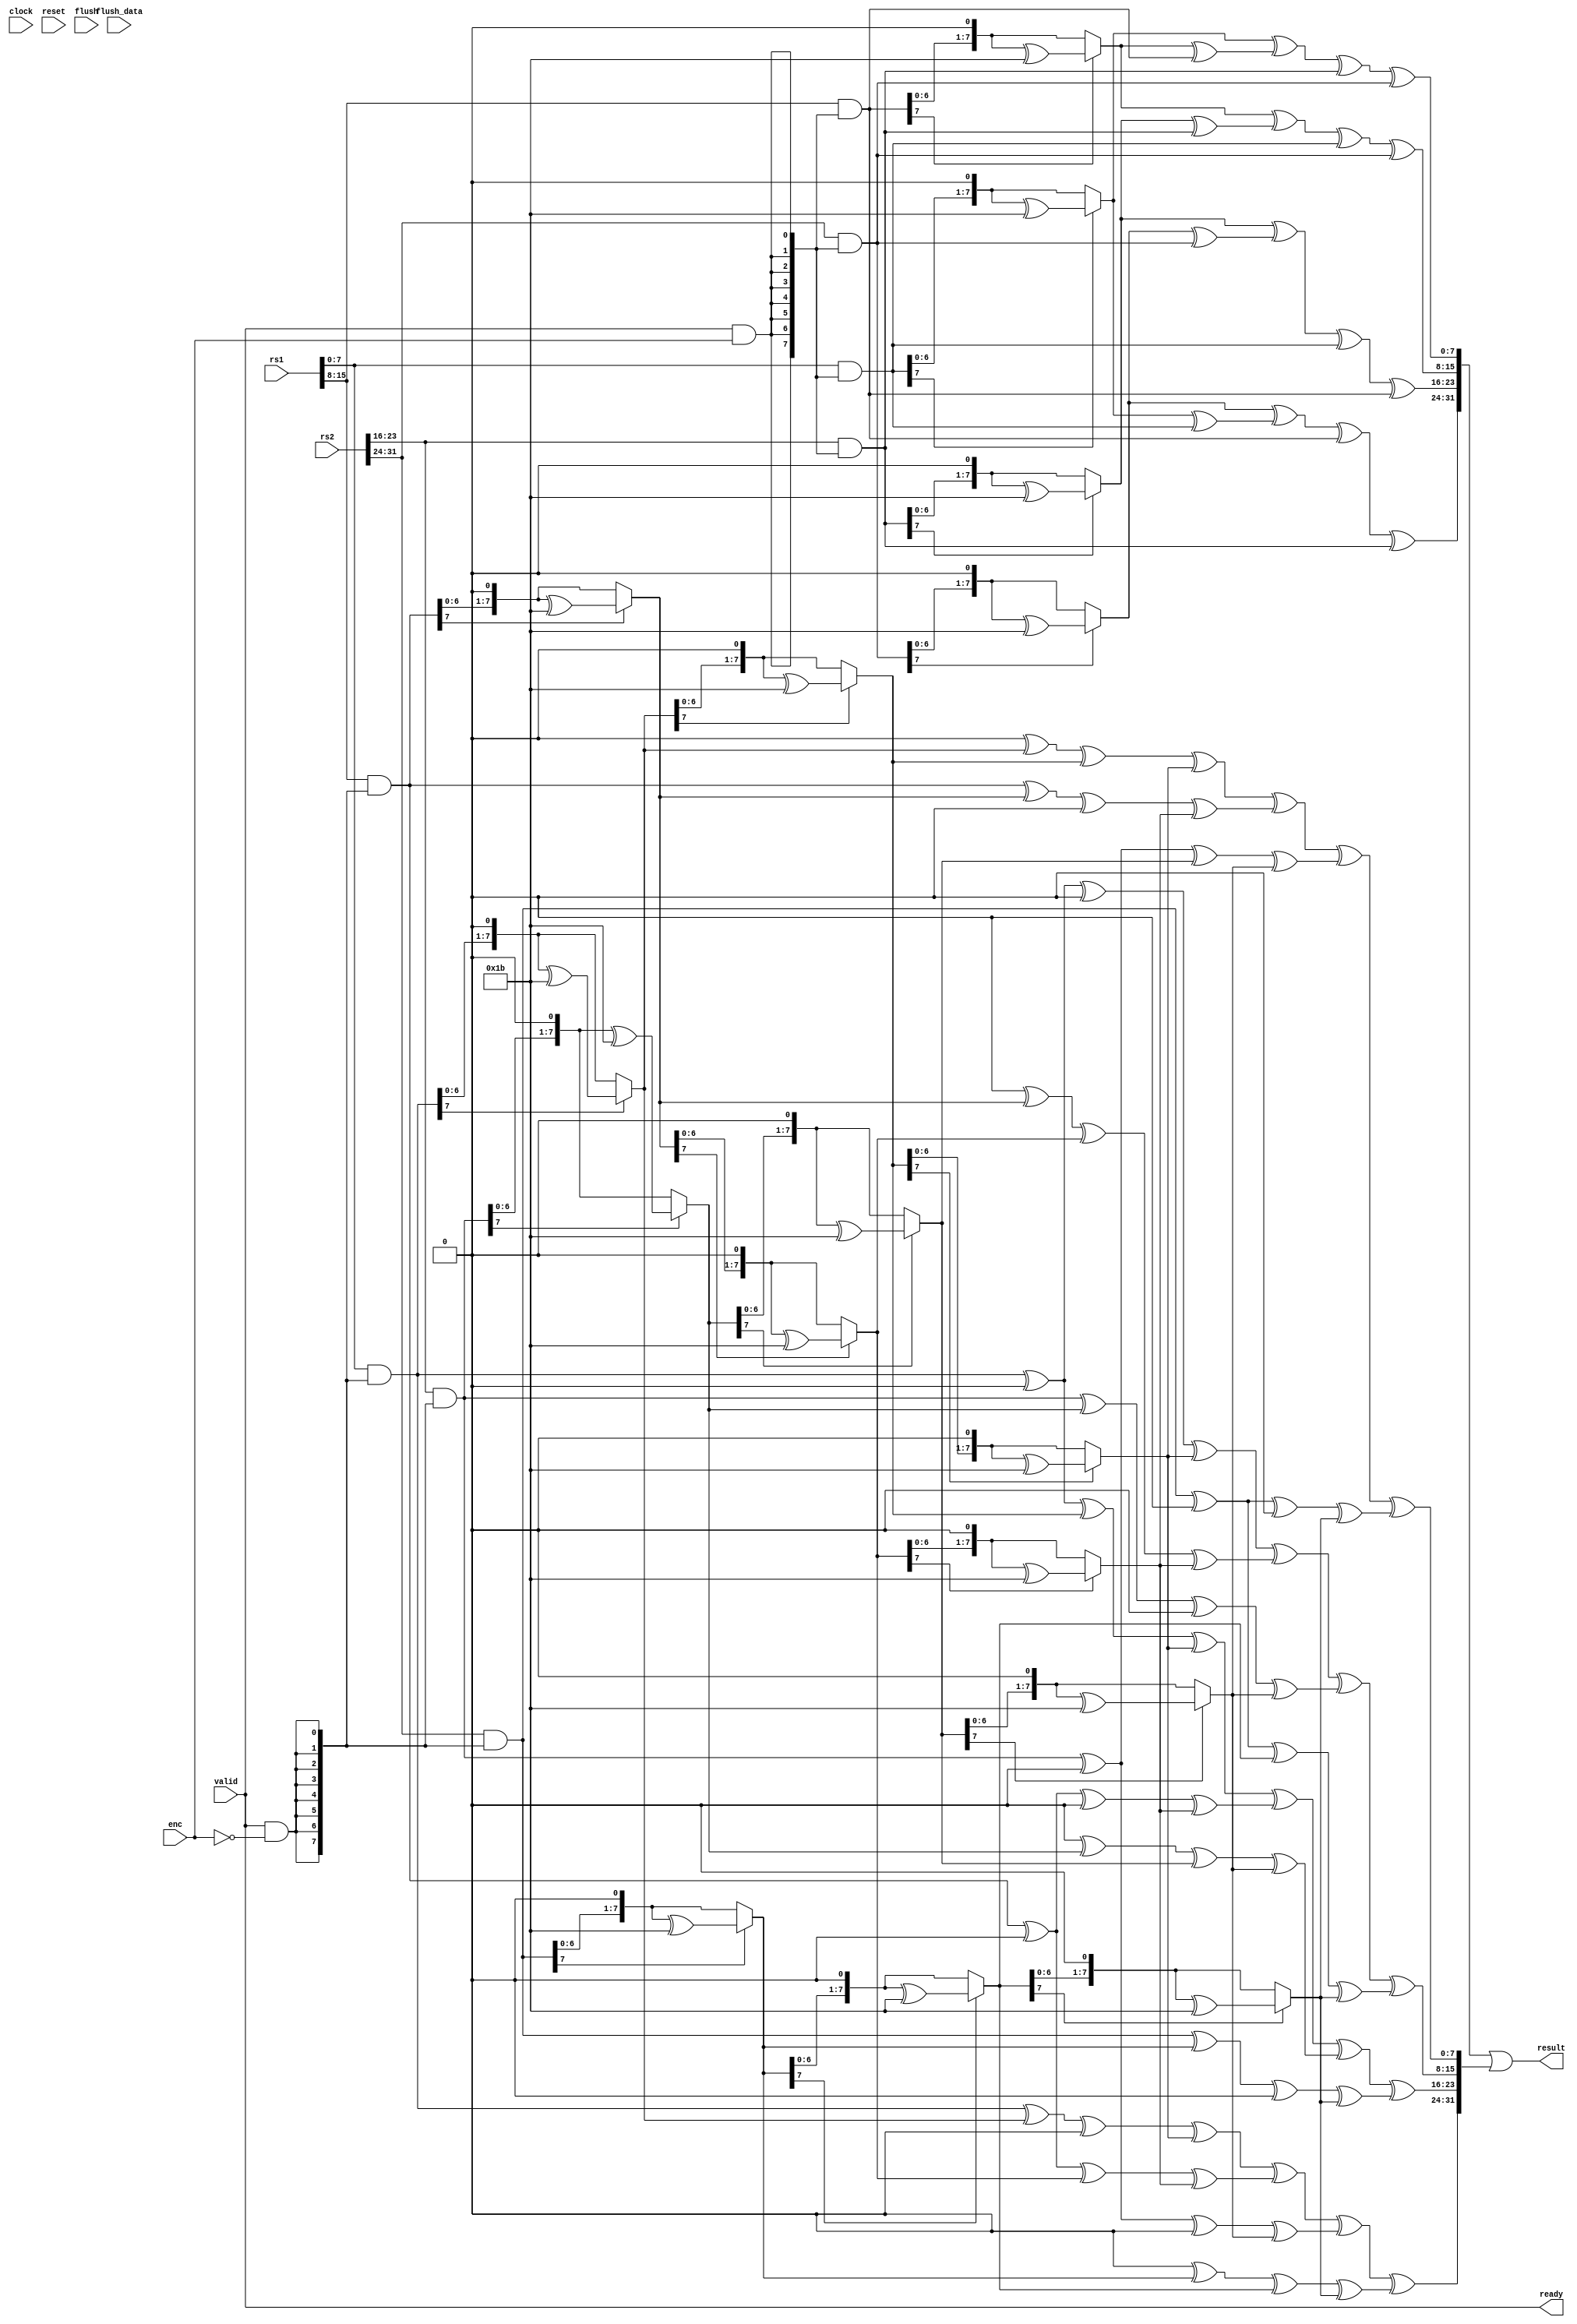

//
// module: xc_aesmix
//
//  Implements the lightweight AES MixColumns instructions.
//
module xc_aesmix(

input  wire        clock ,
input  wire        reset ,

input  wire        flush , // Flush state ready for next set of inputs.
input  wire [31:0] flush_data, // Data flushed into the design.

input  wire        valid , // Are the inputs valid?
input  wire [31:0] rs1   , // Input source register 1
input  wire [31:0] rs2   , // Input source register 2
input  wire        enc   , // Perform encrypt (set) or decrypt (clear).
output wire        ready , // Is the instruction complete?
output wire [31:0] result  // 

);

// Single cycle implementation (set) or 4-cycle implementation (clear).
parameter FAST = 1'b1;

wire [7:0] step_out;

//
// Multiply by 2 in GF(2^8) modulo 8'h1b
function [7:0] xtime2;
    input [7:0] a;

    xtime2  =|((a >> 7) & 8'b1) ? (a << 1) ^ 8'h1b :
                                 (a << 1)         ;
endfunction

//
// Multiply by 3 in GF(2^8)
function [7:0] xtime3;
    input [7:0] a;

    xtime3 = xtime2(a) ^ a;

endfunction

//
// Paired down multiply by X in GF(2^8)
function [7:0] xtimeN;
    input[7:0] a;
    input[3:0] b;

    xtimeN = 
        (b[0] ?                         a   : 0) ^
        (b[1] ? xtime2(                 a)  : 0) ^
        (b[2] ? xtime2(xtime2(          a)) : 0) ^
        (b[3] ? xtime2(xtime2(xtime2(   a))): 0) ;

endfunction

//
// Encrypt inputs
wire [7:0] e0 = rs1[ 7: 0] & {8{valid && enc}};
wire [7:0] e1 = rs1[15: 8] & {8{valid && enc}};
wire [7:0] e2 = rs2[23:16] & {8{valid && enc}};
wire [7:0] e3 = rs2[31:24] & {8{valid && enc}};

//
// Decrypt inputs
wire [7:0] d0 = rs1[ 7: 0] & {8{valid && !enc}};
wire [7:0] d1 = rs1[15: 8] & {8{valid && !enc}};
wire [7:0] d2 = rs2[23:16] & {8{valid && !enc}};
wire [7:0] d3 = rs2[31:24] & {8{valid && !enc}};

wire [31:0] result_enc;
wire [31:0] result_dec;

generate if(FAST == 1'b1) begin

//
// Single Cycle Implementation
// ------------------------------------------------------------

//
// Always complete in a single cycle.
assign ready = valid;

//
// Mix Encrypt instruction logic
wire [7:0] mix_enc_0 = xtime2(e0) ^ xtime3(e1) ^ e2 ^ e3;
wire [7:0] mix_enc_1 = xtime2(e1) ^ xtime3(e2) ^ e0 ^ e3;
wire [7:0] mix_enc_2 = xtime2(e2) ^ xtime3(e3) ^ e0 ^ e1;
wire [7:0] mix_enc_3 = xtime2(e3) ^ xtime3(e0) ^ e1 ^ e2;

assign result_enc = {mix_enc_3, mix_enc_2, mix_enc_1, mix_enc_0};

//
// Mix Decrypt instruction logic
wire [7:0] mix_dec_0 = xtimeN(d0,4'he)^xtimeN(d1,4'hb)^xtimeN(d2,4'hd)^xtimeN(d3,4'h9);
wire [7:0] mix_dec_1 = xtimeN(d0,4'h9)^xtimeN(d1,4'he)^xtimeN(d2,4'hb)^xtimeN(d3,4'hd);
wire [7:0] mix_dec_2 = xtimeN(d0,4'hd)^xtimeN(d1,4'h9)^xtimeN(d2,4'he)^xtimeN(d3,4'hb);
wire [7:0] mix_dec_3 = xtimeN(d0,4'hb)^xtimeN(d1,4'hd)^xtimeN(d2,4'h9)^xtimeN(d3,4'he);

assign result_dec = {mix_dec_3, mix_dec_2, mix_dec_1, mix_dec_0};

end else begin // (FAST == 0)

//
// Multi-Cycle Implementation
// ------------------------------------------------------------

reg  [1:0] fsm     ;
wire [1:0] n_fsm   = fsm + 1 ;

wire       fsm_0   = fsm == 0;
wire       fsm_1   = fsm == 1;
wire       fsm_2   = fsm == 2;
wire       fsm_3   = fsm == 3;

assign     ready   = fsm_3;

reg [7:0]  b_0; // Per-byte results
reg [7:0]  b_1; // 
reg [7:0]  b_2; // 
wire[7:0]  b_3 = step_out;

//
// Encryption

wire [7:0] enc_x0_in    = {8{fsm_0 || fsm_1}} & e3  |
                          {8{fsm_2         }} & e1  |
                          {8{fsm_3         }} & e2  ;

wire [7:0] enc_x1_in    = {8{fsm_0         }} & e2  |
                          {8{fsm_1 || fsm_2}} & e0  |
                          {8{fsm_3         }} & e1  ;

wire [7:0] enc_x2_in    = {8{fsm_0         }} & e0  |
                          {8{fsm_1         }} & e1  |
                          {8{fsm_2         }} & e2  |
                          {8{fsm_3         }} & e3  ;

wire [7:0] enc_x3_in    = {8{fsm_0         }} & e1  |
                          {8{fsm_1         }} & e2  |
                          {8{fsm_2         }} & e3  |
                          {8{fsm_3         }} & e0  ;

wire [7:0] enc_x2_out   = xtime2(enc_x2_in);
wire [7:0] enc_x3_out   = xtime3(enc_x3_in);

wire [7:0] enc_byte     = enc_x3_out ^ enc_x2_out ^ enc_x1_in ^ enc_x0_in;

//
// Decryption

wire [7:0] dec_0_lhs    = {8{fsm_0}} & d0 |
                          {8{fsm_1}} & d1 |
                          {8{fsm_2}} & d2 |
                          {8{fsm_3}} & d3 ;

wire [7:0] dec_1_lhs    = {8{fsm_0}} & d1 |
                          {8{fsm_1}} & d2 |
                          {8{fsm_2}} & d3 |
                          {8{fsm_3}} & d0 ;

wire [7:0] dec_2_lhs    = {8{fsm_0}} & d2 |
                          {8{fsm_1}} & d3 |
                          {8{fsm_2}} & d0 |
                          {8{fsm_3}} & d1 ;

wire [7:0] dec_3_lhs    = {8{fsm_0}} & d3 |
                          {8{fsm_1}} & d0 |
                          {8{fsm_2}} & d1 |
                          {8{fsm_3}} & d2 ;

wire [7:0] dec_0_out    = xtimeN(dec_0_lhs, 4'he);
wire [7:0] dec_1_out    = xtimeN(dec_1_lhs, 4'hb);
wire [7:0] dec_2_out    = xtimeN(dec_2_lhs, 4'hd);
wire [7:0] dec_3_out    = xtimeN(dec_3_lhs, 4'h9);

wire [7:0] dec_byte     = dec_0_out ^ dec_1_out ^ dec_2_out ^ dec_3_out;

//
// Result collection

assign step_out         = enc ? enc_byte : dec_byte;

assign     result_enc       = {b_3, b_2, b_1, b_0};
assign     result_dec       = {b_3, b_2, b_1, b_0};

always @(posedge clock) begin
    if(reset || flush) begin
        b_0 <= flush_data[7:0];
    end else if(fsm_0 && valid) begin
        b_0 <= step_out;
    end
end

always @(posedge clock) begin
    if(reset || flush) begin
        b_1 <= flush_data[15:8];
    end else if(fsm_1 && valid) begin
        b_1 <= step_out;
    end
end

always @(posedge clock) begin
    if(reset || flush) begin
        b_2 <= flush_data[23:16];
    end else if(fsm_2 && valid) begin
        b_2 <= step_out;
    end
end

always @(posedge clock) begin
    if(reset || flush) begin
        fsm <= 0;
    end else if(valid || ready) begin
        fsm <= n_fsm;
    end
end

end endgenerate

//
// Create the final result.
assign     result = result_enc | result_dec;

endmodule